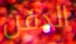
الدفن